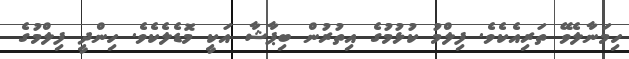
ހިމަނާލެވޭ ތަރިއެކެވެ. ފިލްމު ކުޅުމުގެ އިތުރުން ބިޕާޝާ އަކީ މޮޑެލެކެވެ. ހިންދީ ފިލްމުގެ